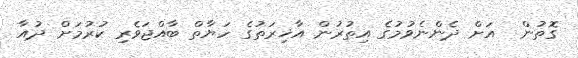
ގޮތުން  އަށް ދެންނެވުމުގެ އިތުރުން އާޚިރަތުގެ ހަޔާތް ބާއްޖަވެރި ކުރުމަށް ދުއާ